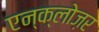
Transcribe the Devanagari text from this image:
एन्क्लोज़र